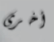
أخرى